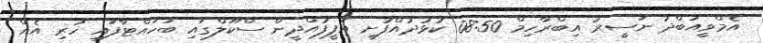
އެމްވީއަބްދު ނަސީރު އިބްރާހިމް 08:50 ކުޅުދުއްފުށީ އަފީފުއްދީން ސްކޫލްގައި ބަހައްޓާފައި ހުރި އެއް